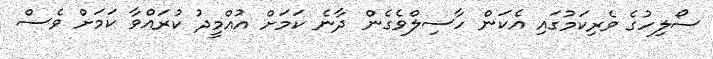
ސޯލިހުގެ ވެރިކަމުގައި އެކަން ހާސިލްވެގެން ދާނެ ކަމަށް އުއްމީދު ކުރައްވާ ކަމަށް ވެސް